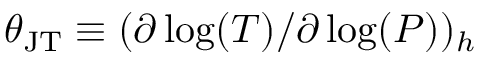
\theta _ { \mathrm { J T } } \equiv ( \partial \log ( T ) / \partial \log ( P ) ) _ { h }